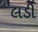
લડી